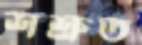
শশ্রুত